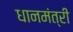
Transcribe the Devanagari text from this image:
धानमंत्री